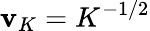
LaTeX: \mathbf{v}_{K}=K^{-1/2}